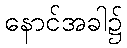
နောင်အခါ၌